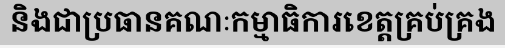
និងជាប្រធានគណៈកម្មាធិការខេត្តគ្រប់គ្រង